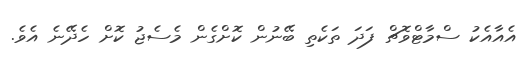
އެއާއެކު ސްމާޓްވޮޗް ފަދަ ތަކެތި ބޭނުން ކޮށްގެން މެސެޖު ކޮށް ހެދޭނެ އެވެ.